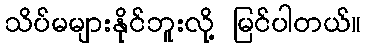
သိပ်မများနိုင်ဘူးလို့ မြင်ပါတယ်။